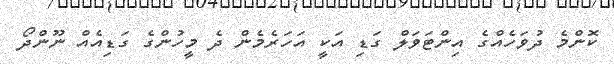
ކޮންމެ ދުވަހެއްގެ އިންޓަވަލް ގަޑި އަކީ އަހަރެމެން ދެ މީހުންގެ ގަޑިއެއް ނޫންދޯ